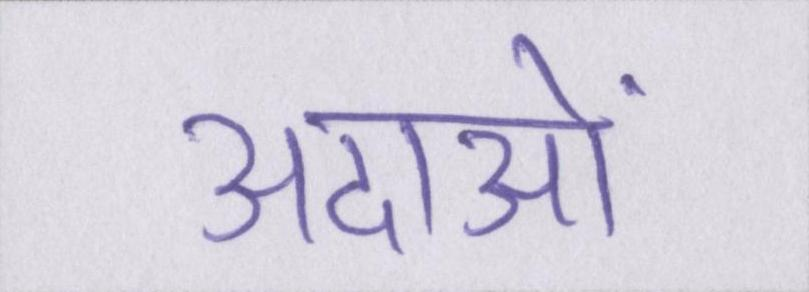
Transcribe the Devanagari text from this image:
अदाओं